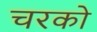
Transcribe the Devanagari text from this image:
चरको